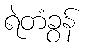
ရဲတံခွန်